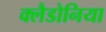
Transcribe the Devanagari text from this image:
क्लैडोनिया